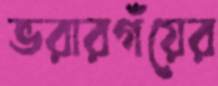
ভরারগঁয়ের